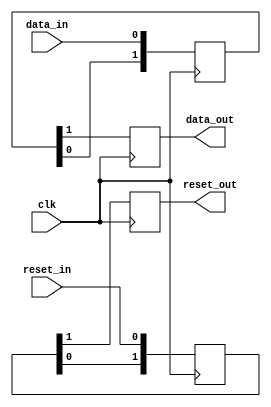
module Synchronizer_with_reset(
    input wire clk,
    input wire reset_in,
    input wire data_in,
    output reg data_out,
    output reg reset_out
);

reg [1:0] reset_sync;
always@(posedge clk) begin
    reset_sync <= {reset_sync[0], reset_in};
    reset_out <= reset_sync[1];
end

reg [1:0] data_sync;
always@(posedge clk) begin
    data_sync <= {data_sync[0], data_in};
    data_out <= data_sync[1];
end

endmodule